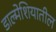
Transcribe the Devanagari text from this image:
डाल्मेशियातील